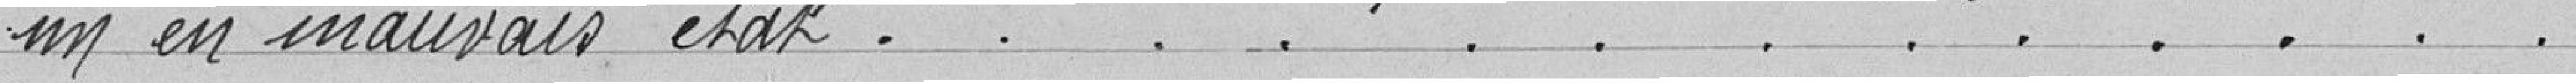
un en mauvais état